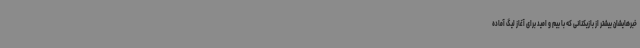
خبرهایشان بیشتر از بازیکنانی که با بیم و امید برای آغاز لیگ آماده